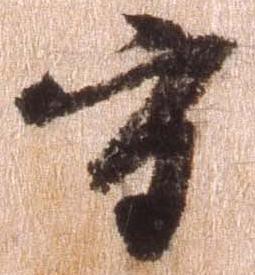
守